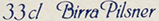
33cl Birra Pilsner